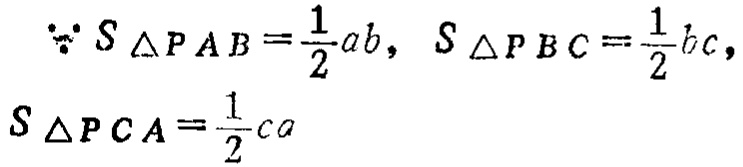
\(\because S_{\triangle PAB}=\frac{1}{2}ab,\ S_{\triangle PBC}=\frac{1}{2}bc,\\S_{\triangle PCA}=\frac{1}{2}ca\)